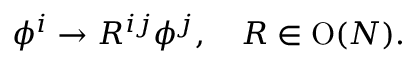
\phi ^ { i } \to R ^ { i j } \phi ^ { j } , \quad R \in \mathrm { O } ( N ) .